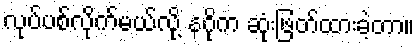
လုပ်ပစ်လိုက်မယ်လို့ နဂိုက ဆုံးဖြတ်ထားခဲ့တာ။